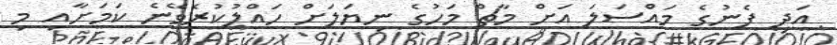
އަދި ފެނުގެ މައްސަލަ އަށް މާޗް މަހުގެ ނިޔަލަށް ހައްލުކުރެވޭނެ ކަމަށާއި މި